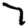
Digit: 7